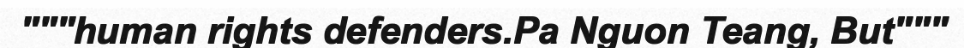
"""human rights defenders.Pa Nguon Teang, But"""